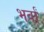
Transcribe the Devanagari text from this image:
भर्वां